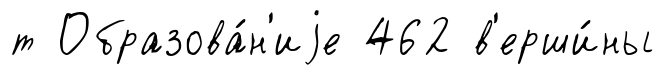
т Образова́н'иjе 462 в'ерши́ны